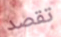
تقصد